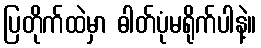
ပြတိုက်ထဲမှာ ဓါတ်ပုံမရိုက်ပါနဲ့။